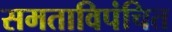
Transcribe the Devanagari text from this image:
समताविपंचित